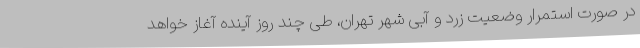
در صورت استمرار وضعیت زرد و آبی شهر تهران، طی چند روز آینده آغاز خواهد